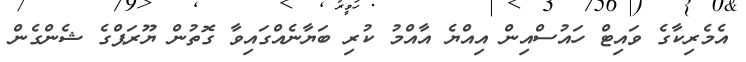
އެމެރިކާގެ ވައިޓް ހައުސްއިން އިއްޔެ އާއްމު ކުރި ބަޔާނެއްގައިވާ ގޮތުން ޔޫރަޕްގެ ޝެންގެން